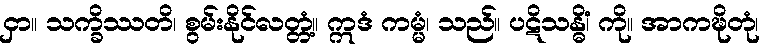
ငှာ။ သက္ခိဿတိ၊ စွမ်းနိုင်လတ္တံ့။ ဣဒံ ကမ္မံ၊ သည်။ ပဋိသန္ဓိံ၊ ကို။ အာကဍ္ဎိတုံ၊